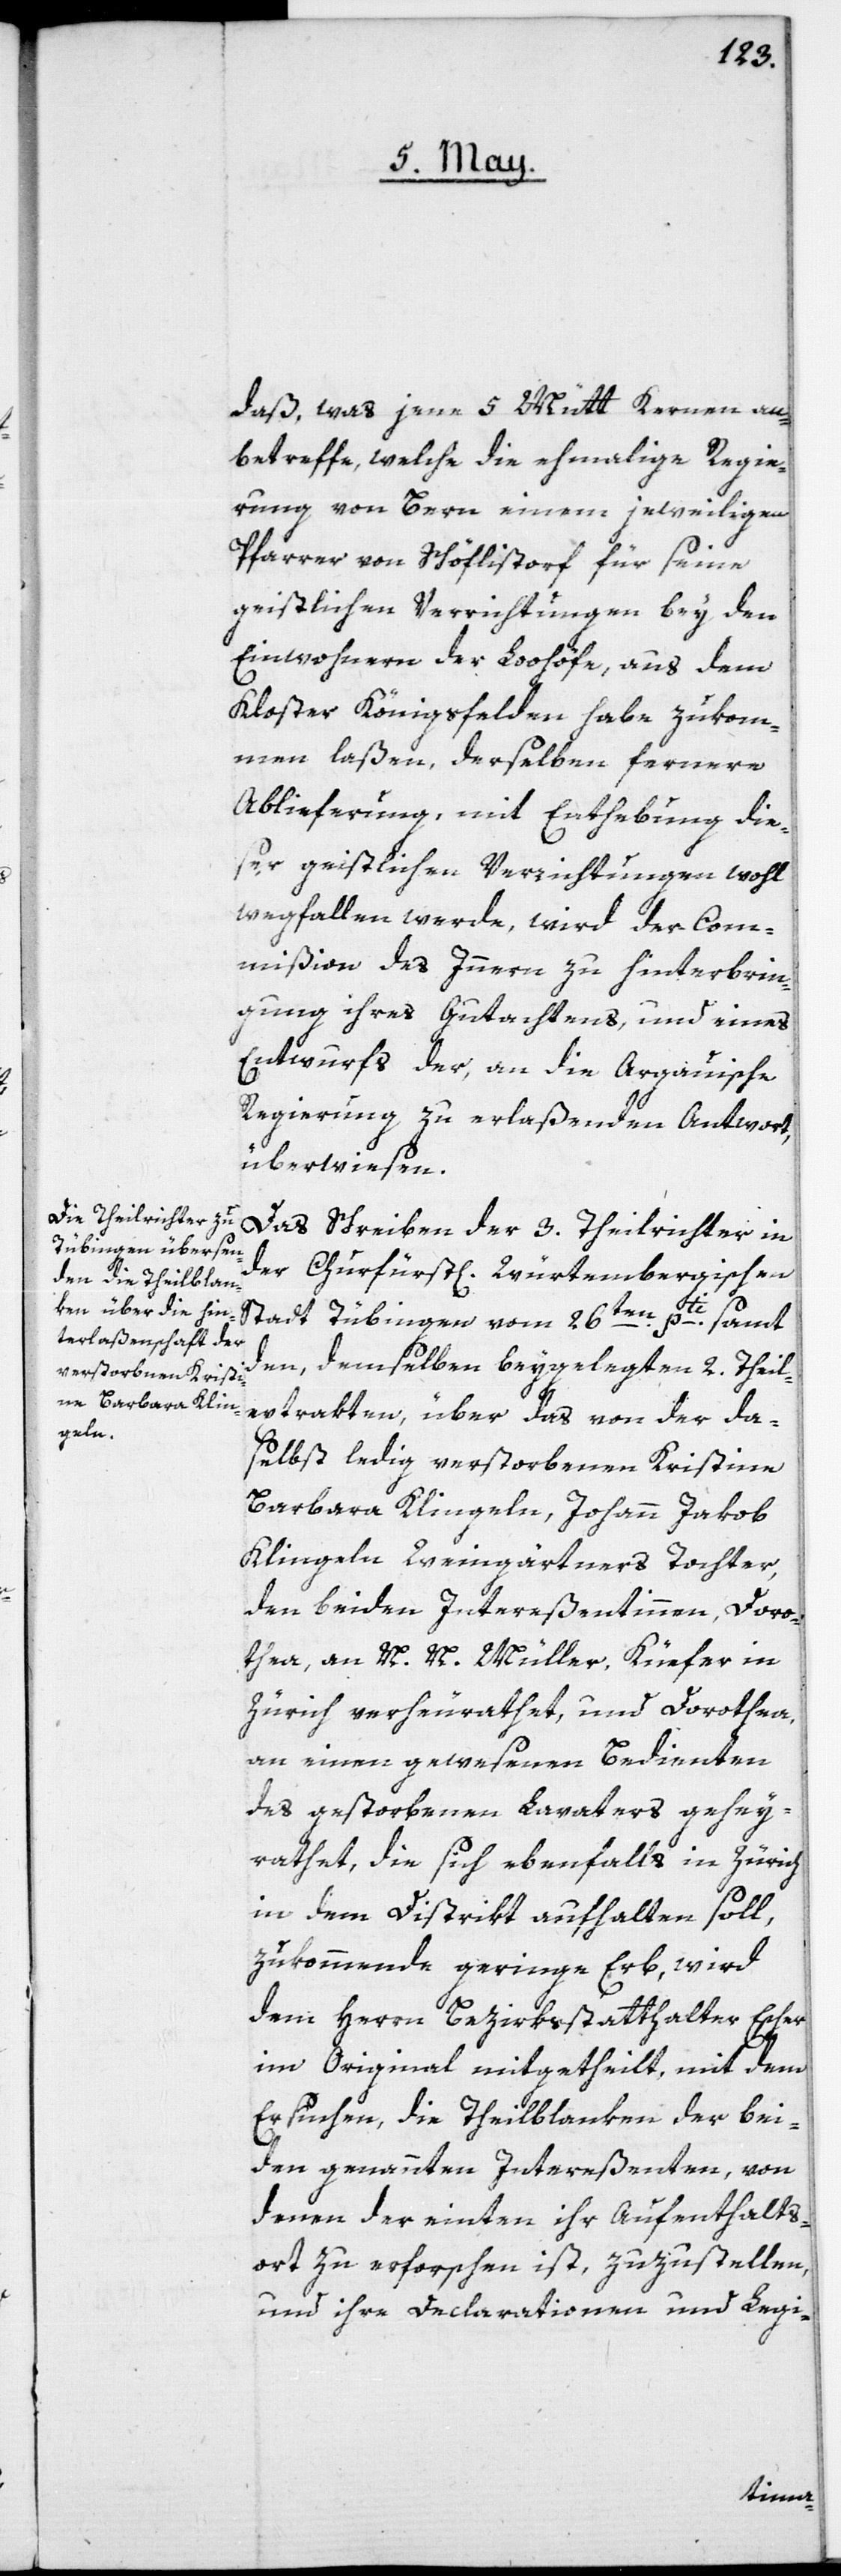
daß, was jene 5 Mütt Kernen an¬
betreffe, welche die ehemalige Regie¬
rung von Bern einem jeweiligen
Pfarrer von Schöfflistorf für seine
geistlichen Verrichtungen bey den
Einwohnern der Loohöfe, aus dem
Kloster Königsfelden habe zukom¬
men laßen, derselben fernere
Ablieferung mit Enthebung die¬
ser geistlichen Verrichtungen wohl
wegfallen werde, wird der Com¬
mißion des Innern zu Hinterbrin¬
gung ihres Gutachtens, und eines
Entwurfs der, an die Argauische
Regierung zu erlaßenden Antwort,
überwiesen.
Das Schreiben der 3. Theilrichter in
der churfürst[lichen] Württembergischen
Stadt Tübingen vom 26ten pti samt
den, demselben beygelegten 2. Theil¬
extrakten, über das von der da¬
selbst ledig verstorbenen Kristine
Barbara Klingeln, Johann Jakob
Klingeln Weingärtners Tochter,
den beiden Intereßentinnen, Doro¬
thea, an N. N. Müller, Küefer in
Zürich verheirathet, und Dorothea,
an einen gewesenen Bedienten
des gestorbenen Lavaters gehey¬
rathet, die sich ebenfalls in Zürich
in dem Distrikt aufhalten soll,
zukommende geringe Erb, wird
dem Herrn Bezirksstatthalter Escher
im Original mitgetheilt, mit dem
Ersuchen, die Theilblanken der bei¬
den genannten Intereßenten, von
denen der einten ihr Aufenthalts¬
ort zu erforschen ist, zuzustellen,
und ihre Declarationen und Legi-